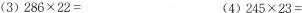
(3)$$2 8 6 \times 2 2 =$$ (4)$$2 4 5 \times 2 3 =$$